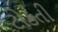
ટોકતી